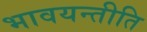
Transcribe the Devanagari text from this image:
भावयन्तीति